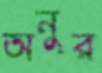
অনুর